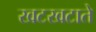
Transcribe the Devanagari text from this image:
खटखटाते